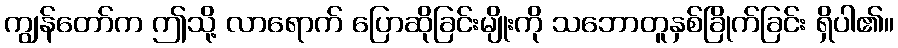
ကျွန်တော်က ဤသို့ လာရောက် ပြောဆိုခြင်းမျိုးကို သဘောတူနှစ်ခြိုက်ခြင်း ရှိပါ၏။